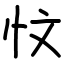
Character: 忟